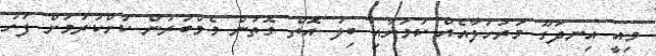
މިއީ އިނދަގޫ މަރުހަލާއެއް ކަމަށާއި ބިލު އޮތް ގޮތުން މެމްބަރުން ކުށްކުރުމަށް ފަހު